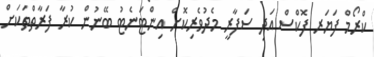
ކްރޯމް ފަޔަރ ފޮކްސް އަދި ސަފާރީ މެދުވެރިކޮށް އިންޓަނެޓު ބޭނުން ކުރާ ފަރާތްތަކަށް